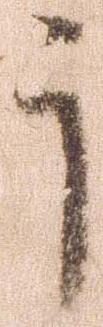
于